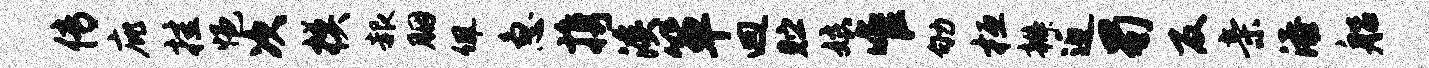
传庇挂悒次模赧胭佩急携溪箪迥贮娘唯劬桓辫近蜀反亲添船